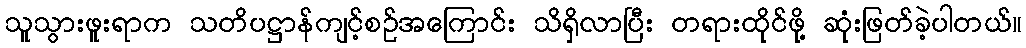
သူသွားဖူးရာက သတိပဋ္ဌာန်ကျင့်စဉ်အကြောင်း သိရှိလာပြီး တရားထိုင်ဖို့ ဆုံးဖြတ်ခဲ့ပါတယ်။